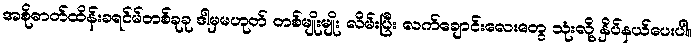
အစိုဓာတ်ထိန်းခရင်မ်တစ်ခုခု ဒါမှမဟုတ် တစ်မျိုးမျိုး လိမ်းပြီး လက်ချောင်းလေးတွေ သုံးလို့ နှိပ်နယ်ပေးပါ။